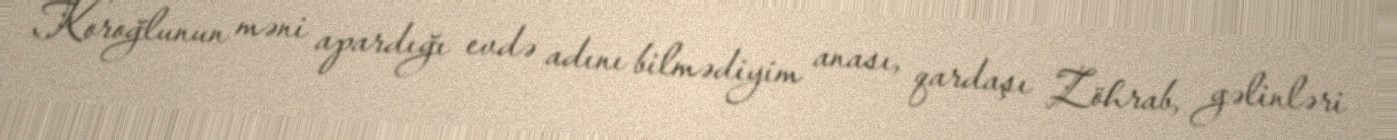
Koroğlunun məni apardığı evdə adını bilmədiyim anası, qardaşı Zöhrab, gəlinləri